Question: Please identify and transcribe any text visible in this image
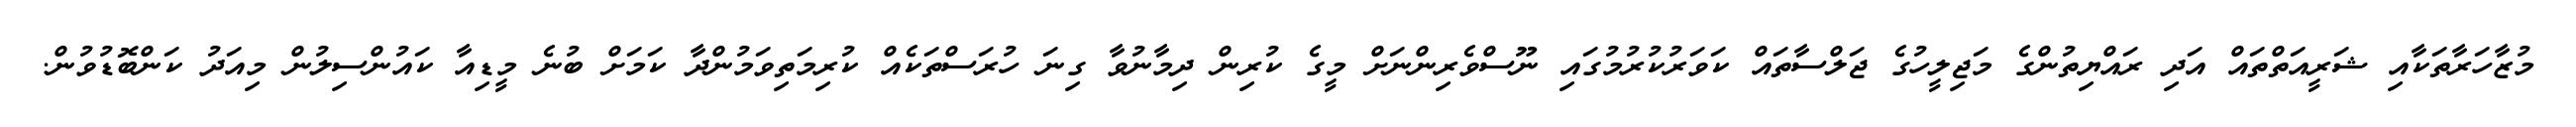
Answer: މުޒާހަރާތަކާއި ޝަރީއަތްތައް އަދި ރައްޔިތުންގެ މަޖިލީހުގެ ޖަލްސާތައް ކަވަރުކުރުމުގައި ނޫސްވެރިންނަށް މީގެ ކުރިން ދިމާނުވާ ގިނަ ހުރަސްތަކެއް ކުރިމަތިވަމުންދާ ކަމަށް ބުނެ މީޑިއާ ކައުންސިލުން މިއަދު ކަންބޮޑުވުން.